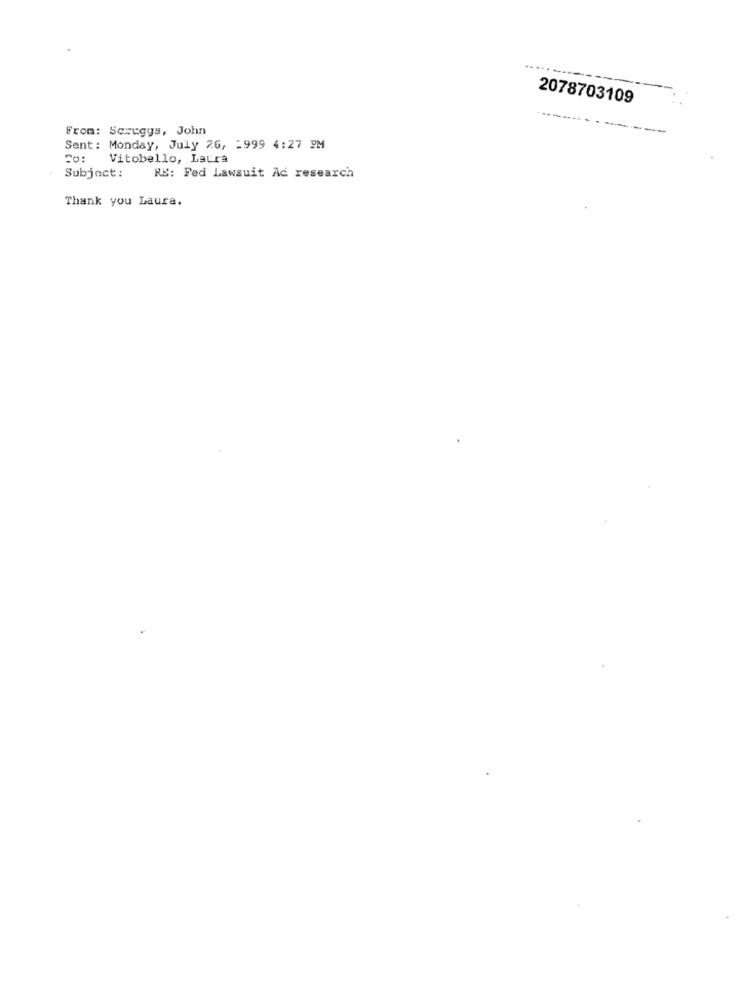
2078703109
From: Scruggs, John
Sent: Monday, July 26, - 999 4:27 PM
Vitobello, Laura
Subject:
RE: Fed Lawsuit Ad research
Thank you Laura.